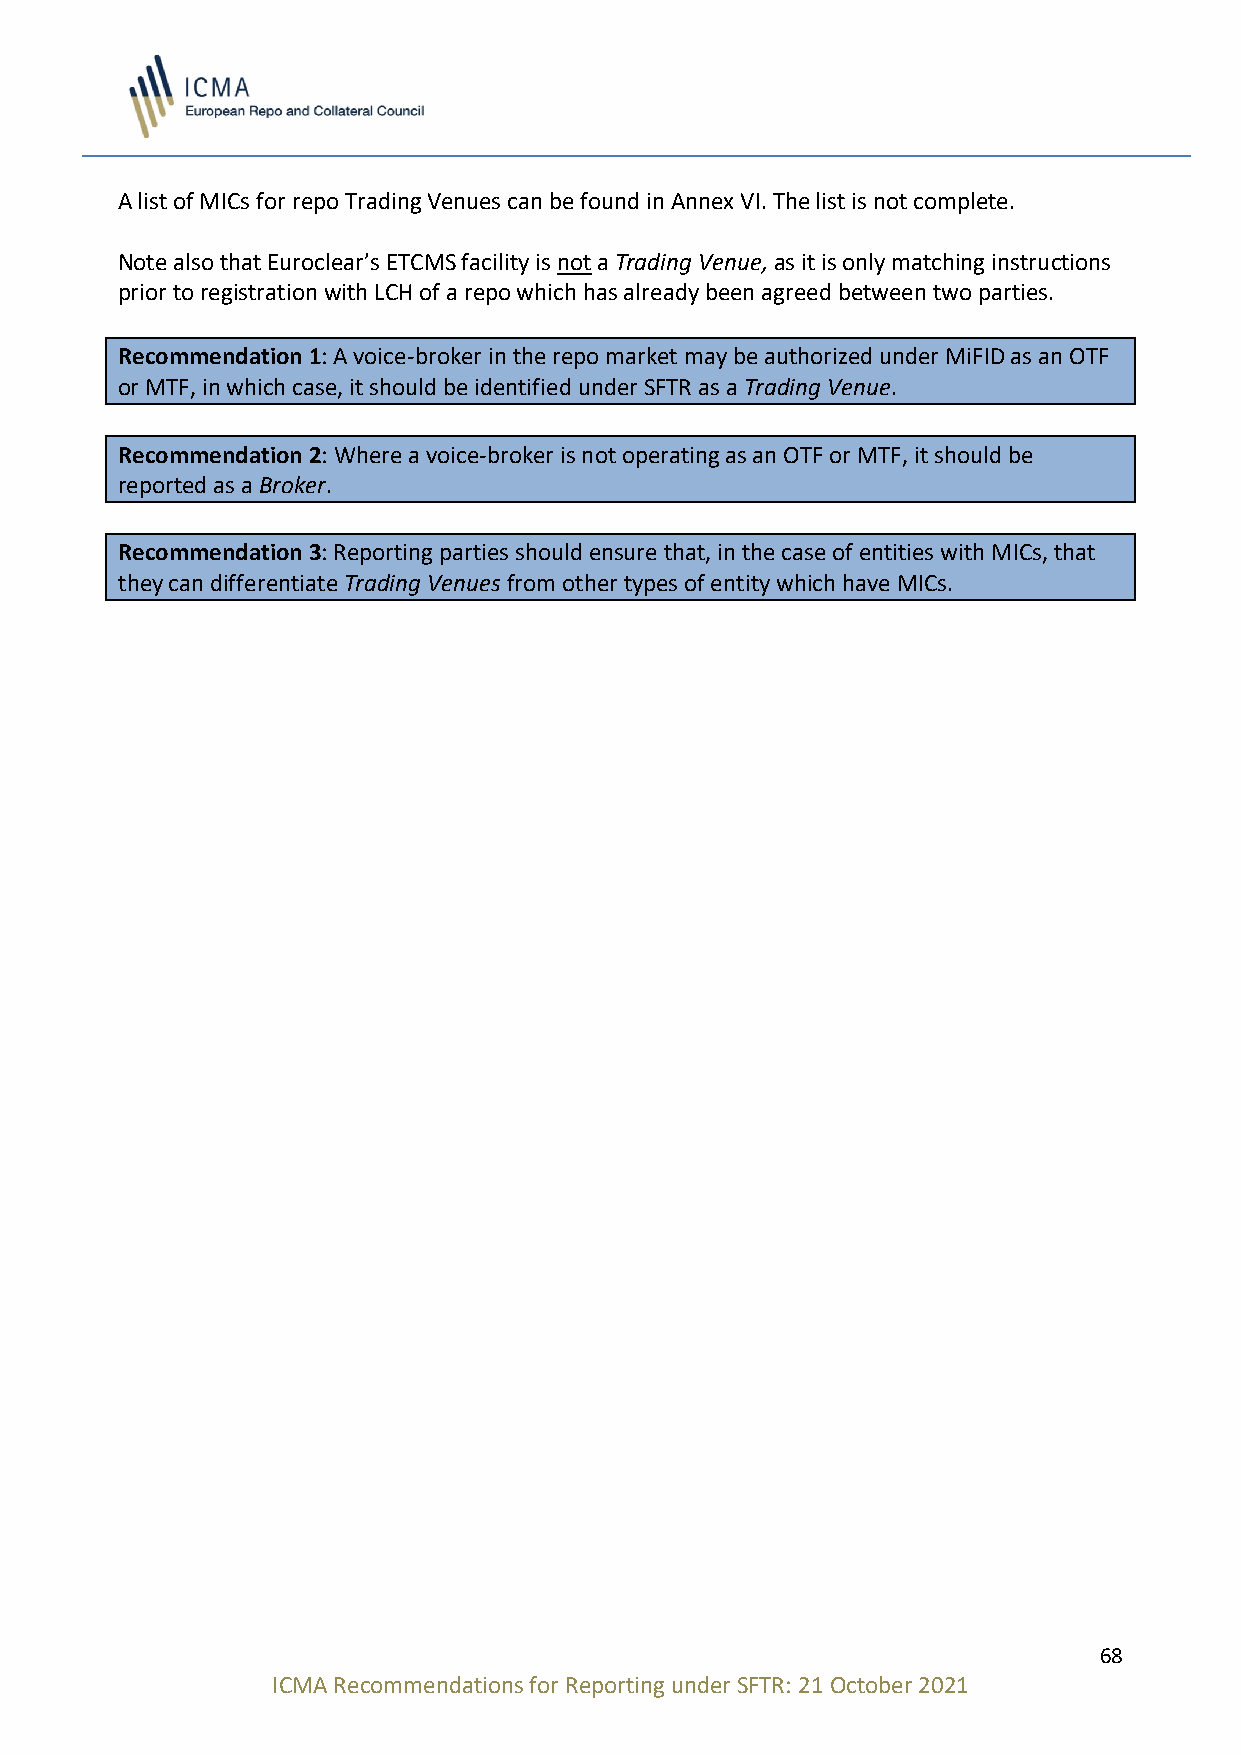
A list of MICs for repo Trading Venues can be found in Annex VI. The list is not complete.
 Note also that Euroclear’s ETCMS facility is not a Trading Venue, as it is only matching instructions
 prior to registration with LCH of a repo which has already been agreed between two parties.
 Recommendation 1: A voice-broker in the repo market may be authorized under MiFID as an OTF
 or MTF, in which case, it should be identified under SFTR as a Trading Venue.
 Recommendation 2: Where a voice-broker is not operating as an OTF or MTF, it should be
 reported as a Broker.
 Recommendation 3: Reporting parties should ensure that, in the case of entities with MICs, that
 they can differentiate Trading Venues from other types of entity which have MICs.
 68
 ICMA Recommendations for Reporting under SFTR: 21 October 2021